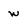
Character: w